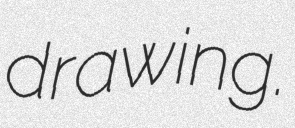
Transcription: drawing.